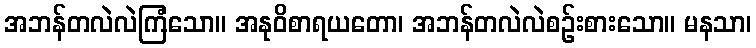
အဘန်တလဲလဲကြံသော။ အနုဝိစာရယတော၊ အဘန်တလဲလဲစဉ်းစားသော။ မနသာ၊